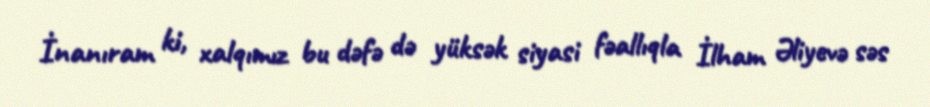
İnanıram ki, xalqımız bu dəfə də yüksək siyasi fəallıqla İlham Əliyevə səs